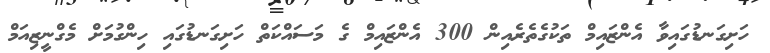
ހަށިގަނޑުގައިވާ އެންޒައިމް ތަކުގެތެރެއިން 300 އެންޒައިމް ގެ މަސައްކަތް ހަށިގަނޑުގައި ހިންގުމަށް މެގްނީޒިއަމް